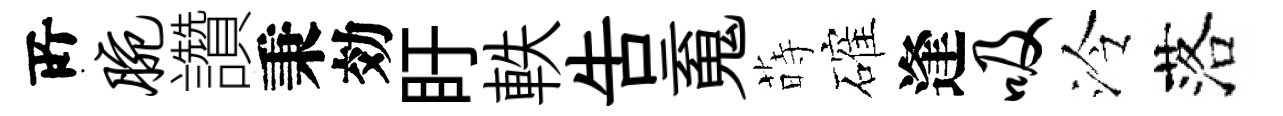
𠩄腕讚秉効盱軼告䰟蒔確逢吸泠落